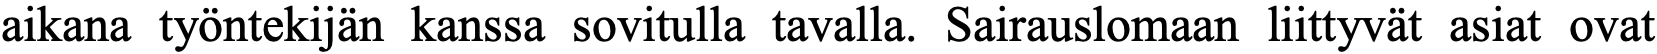
aikana työntekijän kanssa sovitulla tavalla. Sairauslomaan liittyvät asiat ovat